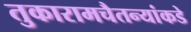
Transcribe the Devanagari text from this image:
तुकारामचैतन्यांकडे